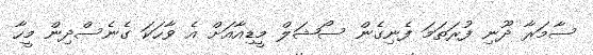
ސާމަރާ ދޫނި ފުރަތަމަ ފެނިގެން ސޯޝަލް މީޑިއާއަށް އެ ވާހަކަ ގެނެސްދިން މީހާ